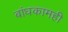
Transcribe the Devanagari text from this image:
बांधकामही